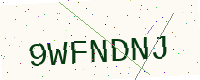
Text: 9WFNDNJ